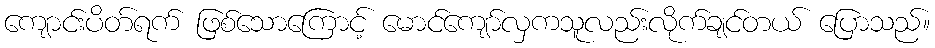
ကျောင်းပိတ်ရက် ဖြစ်သောကြောင့် မောင်ကျော်လှကသူလည်းလိုက်ချင်တယ် ပြောသည်။